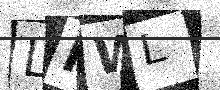
Text: LKWL